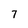
Character: 7